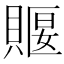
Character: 䞁